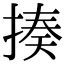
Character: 揍